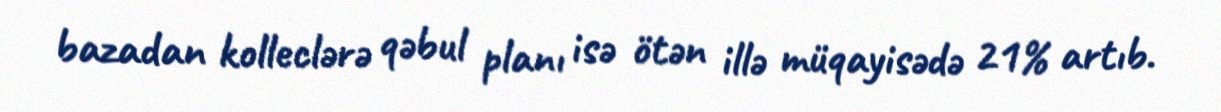
bazadan kolleclərə qəbul planı isə ötən illə müqayisədə 21% artıb.